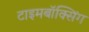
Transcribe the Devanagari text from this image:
टाइमबॉक्सिंग